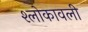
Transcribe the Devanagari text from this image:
श्लोकावली